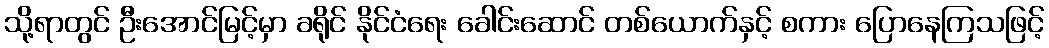
သို့ရာတွင် ဦးအောင်မြင့်မှာ ခရိုင် နိုင်ငံရေး ခေါင်းဆောင် တစ်ယောက်နှင့် စကား ပြောနေကြသဖြင့်